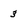
Character: 3